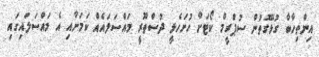
އިންތިހާބާ ގުޅޭގޮތުން ސުޕްރީމް ކޯޓަށް ހުށަހެޅީ ދުސްތޫރީ މައްސަލައެއް ކަމަށާއި އެ މައްސަލައިގައި